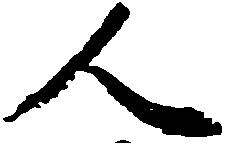
人